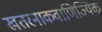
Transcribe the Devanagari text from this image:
खतरनाकवाणिज्यिक